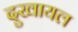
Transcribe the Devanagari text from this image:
दुखायल